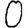
Digit: 0